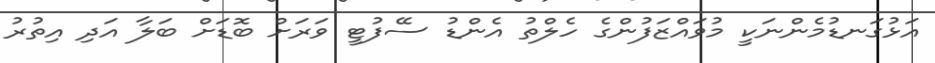
އަޅުގަނޑުމެންނަކީ މުވައްޒަފުންގެ ހެލްތު އެންޑު ސޭފުޓީ ވަރަށް ބޮޑަށް ބަލާ އަދި އިތުރު